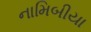
નામિબીયા